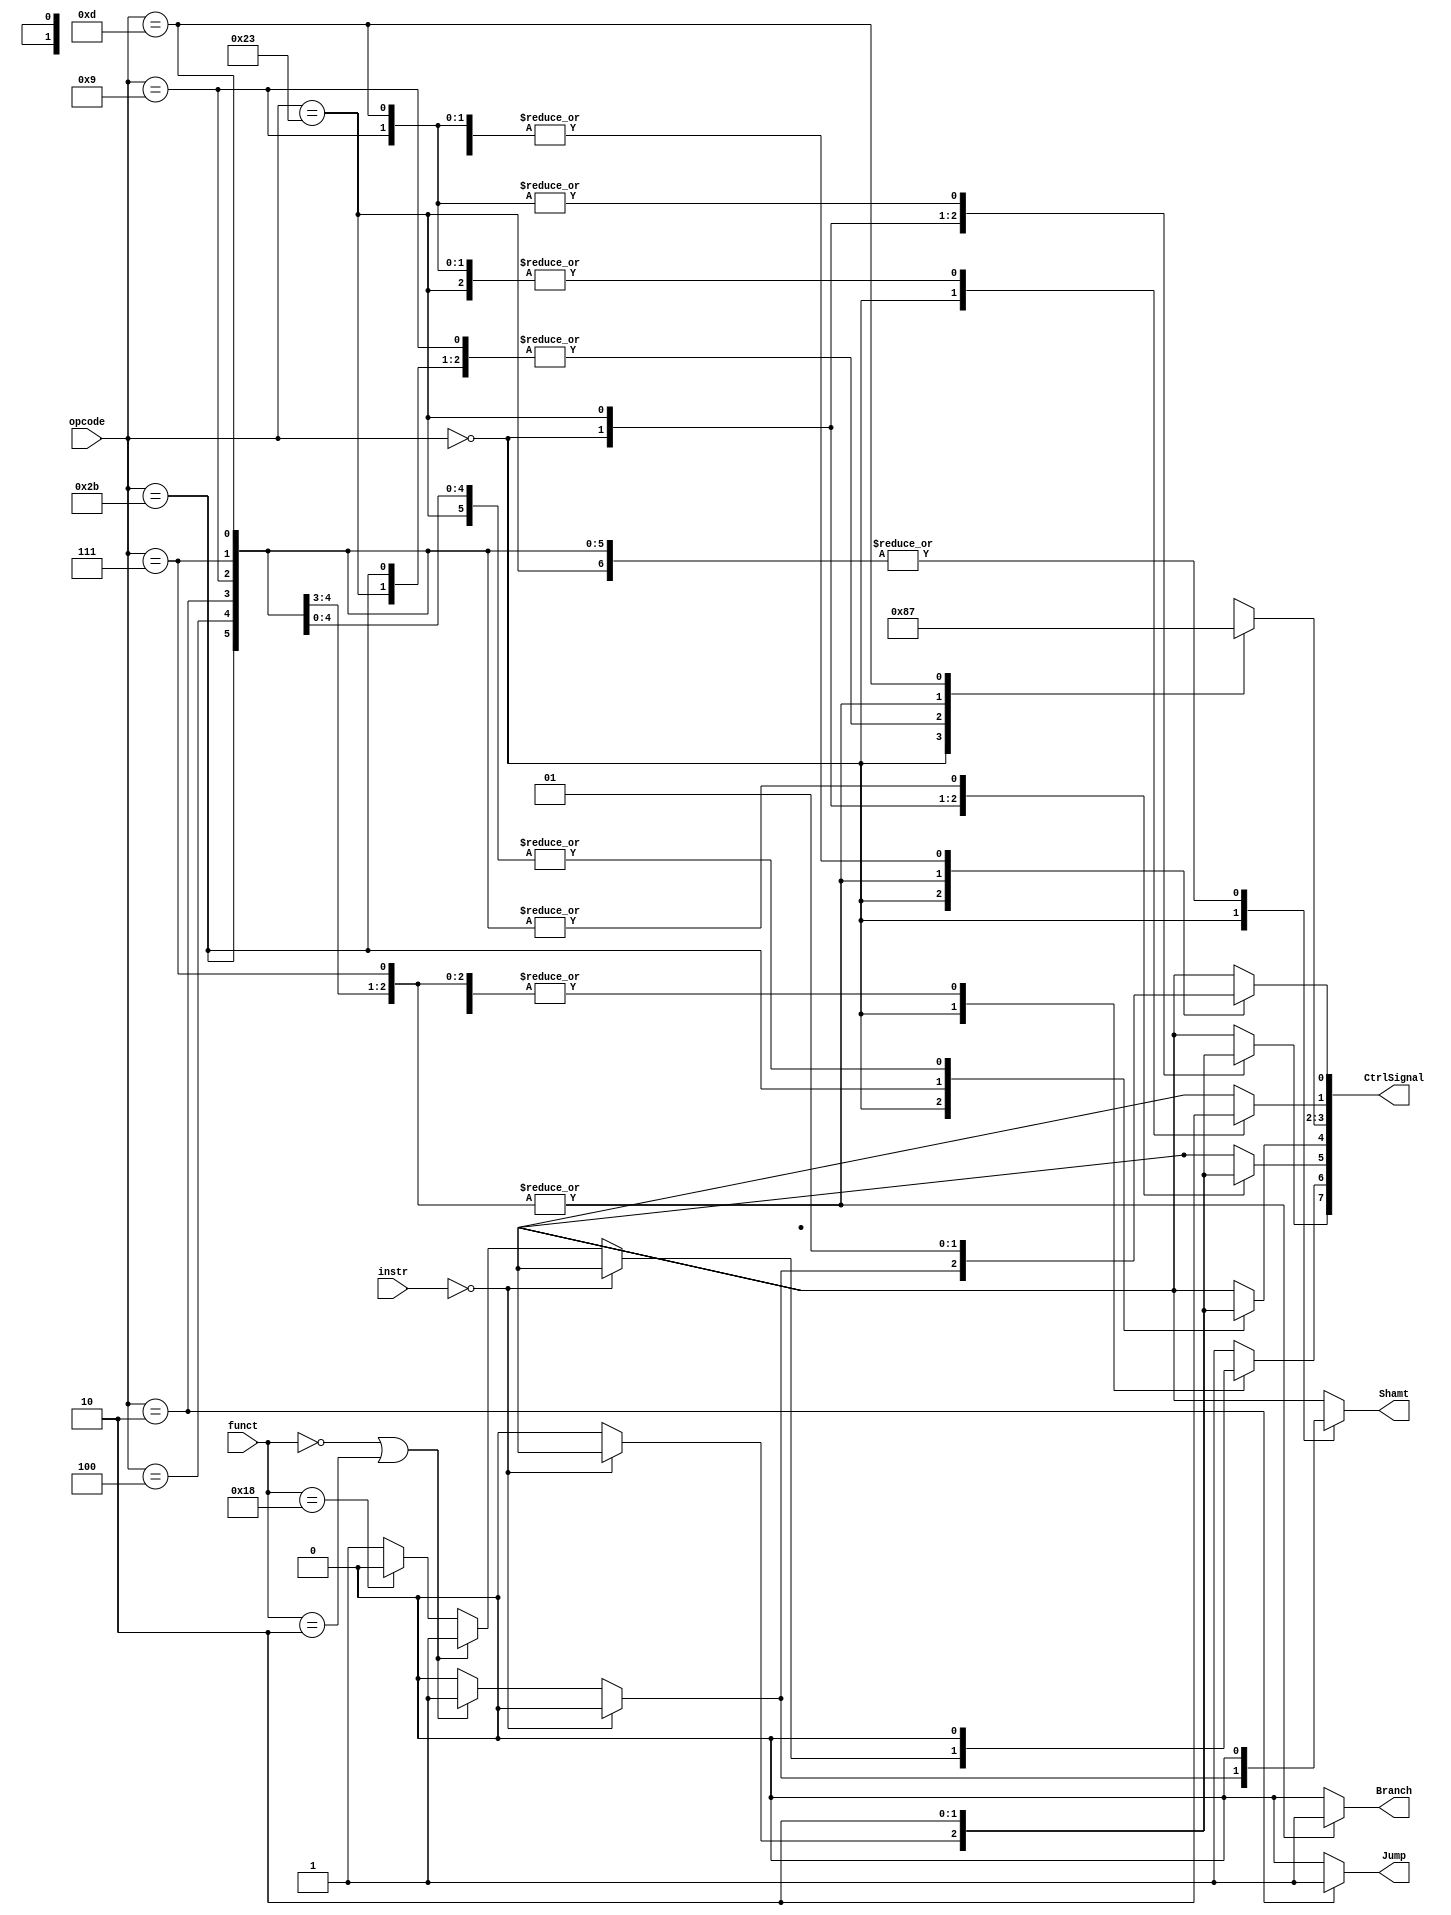
/*
	Title: MIPS Single-Cycle Control Unit
	Editor: Selene (Computer System and Architecture Lab, ICE, CYCU)
	
	Input Port
		1. opcode: JONAT
	Input Port
		1. RegDst: RFMUX
		2. ALUSrc: ALUMUX
		3. MemtoReg: WRMUX
		4. RegWrite: sO_igJ
		5. MemRead:  OO_iX
		6. MemWrite: OO_igJ
		7. Branch: PALUXzeroTANDBPCMUX
		8. ALUOp: XALU Control
*/
module control_single( instr, opcode, funct, Branch, Jump, Shamt, CtrlSignal );
	
	input[31:0] instr ;
    input[5:0] opcode, funct;
    output  Branch, Jump, Shamt;
	output[7:0] CtrlSignal ;
    reg RegDst, ALUSrc, MemtoReg, RegWrite, MemRead, MemWrite, Branch, Jump, Shamt;
    reg[1:0] ALUOp;

    parameter R_FORMAT = 6'd0;
    parameter LW = 6'd35;
    parameter SW = 6'd43;
    parameter BEQ = 6'd4;
	parameter J = 6'd2;
    parameter ADDIU = 6'd9;
	parameter BGTZ = 6'd7;
	parameter MULTI = 6'd24;
	parameter MFHI = 6'd16;
	parameter MFLO = 6'd18;
	parameter ORI = 6'd13;
		
    always @( opcode ) begin
        case ( opcode )
          R_FORMAT : 
          begin
		        if( instr == 32'd0 )
				begin
				    RegDst = 1'b1; ALUSrc = 1'b0; MemtoReg = 1'bx; RegWrite = 1'bx; MemRead = 1'bx; 
				    MemWrite = 1'bx; Branch = 1'b0; Jump = 1'b0; ALUOp = 2'b10; Shamt = 1'b0;
				end
				else
				  begin
				    RegDst = 1'b1; ALUSrc = 1'b0; MemtoReg = 1'b0; RegWrite = 1'b1; MemRead = 1'b0; 
				    MemWrite = 1'b0; Branch = 1'b0; Jump = 1'b0; ALUOp = 2'b10; Shamt = 1'b0;
                    if ( funct == 6'd0 || funct == 6'd2 )
				    begin 
				      ALUSrc = 1'b1; Shamt = 1'b1;
				    end
					else if ( funct == 6'd24 )
					begin
					  RegWrite = 1'b0;
					end
				  end
		  end
          LW :
          begin
				RegDst = 1'b0; ALUSrc = 1'b1; MemtoReg = 1'b1; RegWrite = 1'b1; MemRead = 1'b1; 
				MemWrite = 1'b0; Branch = 1'b0; Jump = 1'b0; ALUOp = 2'b00; Shamt = 1'b0;
          end
          SW :
          begin
				RegDst = 1'bx; ALUSrc = 1'b1; MemtoReg = 1'bx; RegWrite = 1'b0; MemRead = 1'b0; 
				MemWrite = 1'b1; Branch = 1'b0; Jump = 1'b0; ALUOp = 2'b00; Shamt = 1'b0;
          end
          BEQ :
          begin
				RegDst = 1'bx; ALUSrc = 1'b0; MemtoReg = 1'bx; RegWrite = 1'b0; MemRead = 1'b0; 
				MemWrite = 1'b0; Branch = 1'b1; Jump = 1'b0; ALUOp = 2'b01; Shamt = 1'b0;
          end
		  J :
		  begin
				RegDst = 1'bx; ALUSrc = 1'b0; MemtoReg = 1'bx; RegWrite = 1'b0; MemRead = 1'b0; 
				MemWrite = 1'b0; Branch = 1'b1; Jump = 1'b1; ALUOp = 2'b01; Shamt = 1'b0;
		  end
		  ADDIU :
          begin
              	RegDst = 1'b0; ALUSrc = 1'b1; MemtoReg = 1'b0; RegWrite = 1'b1; MemRead = 1'b0; 
             	MemWrite = 1'b0; Branch = 1'b0; Jump = 1'b0; ALUOp = 2'b00; Shamt = 1'b0;
          end
		  BGTZ :
          begin
				RegDst = 1'bx; ALUSrc = 1'b0; MemtoReg = 1'bx; RegWrite = 1'b0; MemRead = 1'b0; 
				MemWrite = 1'b0; Branch = 1'b1; Jump = 1'b0; ALUOp = 2'b01; Shamt = 1'b0;
          end
		  ORI :
          begin
				RegDst = 1'b0; ALUSrc = 1'b1; MemtoReg = 1'b0; RegWrite = 1'b1; MemRead = 1'b0; 
				MemWrite = 1'b0; Branch = 1'b0; Jump = 1'b0; ALUOp = 2'b11; Shamt = 1'b0;
          end
          default
          begin
				$display("control_single unimplemented opcode %d", opcode);
				RegDst=1'bx; ALUSrc=1'bx; MemtoReg=1'bx; RegWrite=1'b1; MemRead=1'bx; 
				MemWrite=1'bx; Branch=1'b0; Jump = 1'b0; ALUOp = 2'bxx; Shamt = 1'bx;
          end

        endcase
    end
	
	assign CtrlSignal = { MemtoReg, RegWrite, MemRead, MemWrite, ALUOp, RegDst, ALUSrc } ;
	
endmodule